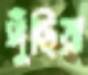
পুঁছিয়া